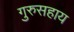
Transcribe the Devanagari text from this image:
गुरुसहाय